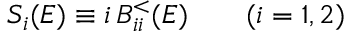
S _ { i } ( E ) \equiv i \, B _ { i i } ^ { < } ( E ) \qquad ( i = 1 , 2 )